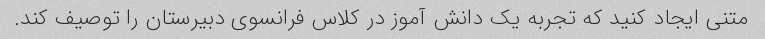
متنی ایجاد کنید که تجربه یک دانش آموز در کلاس فرانسوی دبیرستان را توصیف کند.